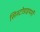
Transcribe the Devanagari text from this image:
सिस्टोडाइथर्मी